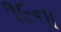
૧૯ના